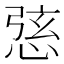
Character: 𢛆